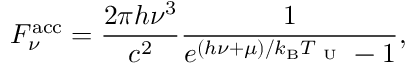
F _ { \nu } ^ { \mathrm { a c c } } = \frac { 2 \pi h \nu ^ { 3 } } { c ^ { 2 } } \frac { 1 } { e ^ { ( h \nu + \mu ) / k _ { \mathrm { B } } T _ { \mathrm { ~ U ~ } } } - 1 } ,